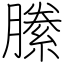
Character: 縢